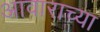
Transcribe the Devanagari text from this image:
आवाराच्या